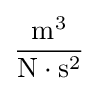
{\frac {\mathrm {m} ^{3}}{\mathrm {N} \cdot \mathrm {s} ^{2}}}